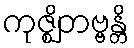
ကုဇ္ဈိတဗ္ဗန္တိ